Indian journal of veterinary science and animal husbandry - Volume 3,
Year: 1933
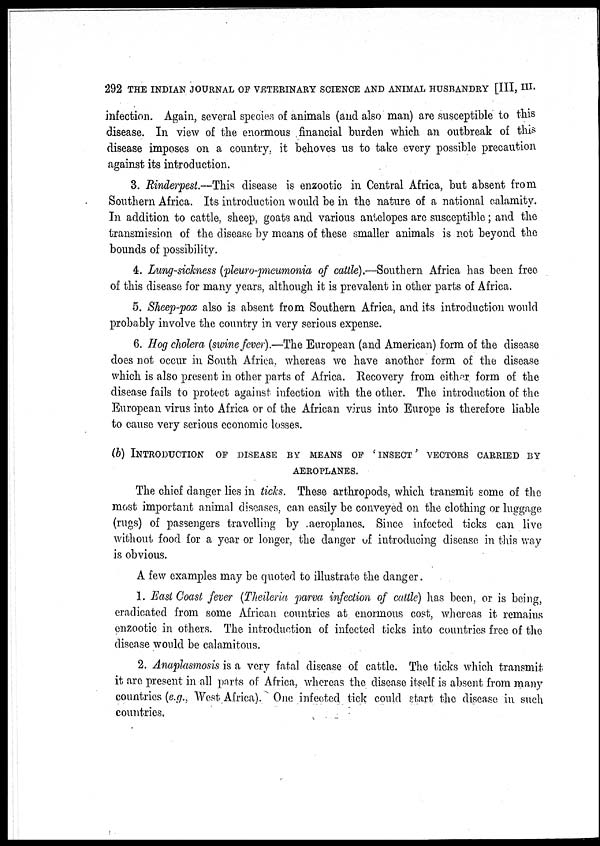
292 THE INDIAN JOURNAL OF VETERINARY SCIENCE AND ANIMAL HUSBANDRY [III, III.
infection. Again, several species of animals (and also man) are susceptible to this
disease. In view of the enormous financial burden which an outbreak of this
disease imposes on a country, it behoves us to take every possible precaution
against its introduction.
3. Rinderpest.—This disease is enzootic in Central Africa, but absent from
Southern Africa. Its introduction would be in the nature of a national calamity.
In addition to cattle, sheep, goats and various antelopes are susceptible; and the
transmission of the disease by means of these smaller animals is not beyond the
bounds of possibility.
4. Lung-sickness (pleuro-pneumonia of cattle).—Southern Africa has been free
of this disease for many years, although it is prevalent in other parts of Africa.
5. Sheep-pox also is absent from Southern Africa, and its introduction would
probably involve the country in very serious expense.
6. Hog cholera (swine fever).—The European (and American) form of the disease
does not occur in South Africa. whereas we have another form of the disease
which is also present in other parts of Africa. Recovery from either form of the
disease fails to protect against infection with the other. The introduction of the
European virus into Africa or of the African virus into Europe is therefore liable
to cause very serious economic losses.
(b) INTRODUCTION OF DISEASE BY MEANS OF ' INSECT ' VECT
AEROPLANES.
The chief danger lies in ticks. These arthropods, which transmit some of the
most important animal diseases, can easily be conveyed on the clothing or luggage
(rugs) of passengers travelling by aeroplanes. Since infected ticks can live
without food for a year or longer, the danger of introducing disease in this way
is obvious.
A few examples may be quoted to illustrate the danger.
1. East Coast fever (Theileria parva infection of cattle) has been, or is being,
eradicated from some African countries at enormous cost, whereas it remains
enzootic in others. The introduction of infected ticks into countries free of the
disease would be calamitous.
2. Anaplasmosis is a very fatal disease of cattle. The ticks which transmit
it are present in all parts of Africa, whereas the disease itself is absent from many
countries (e.g., West Africa). One infected tick could start the disease in such
countries.